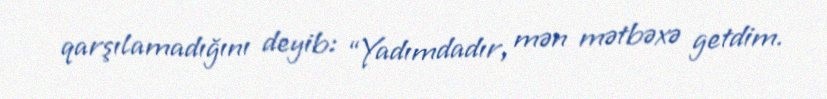
qarşılamadığını deyib: “Yadımdadır, mən mətbəxə getdim.